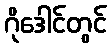
ဂိုဒေါင်တွင်